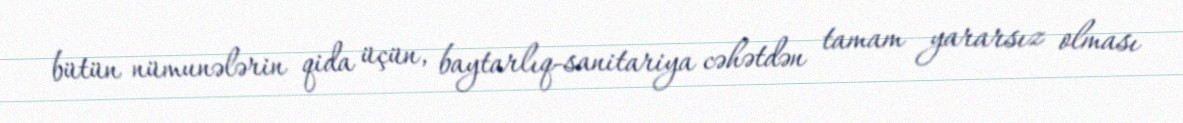
bütün nümunələrin qida üçün, baytarlıq-sanitariya cəhətdən tamam yararsız olması